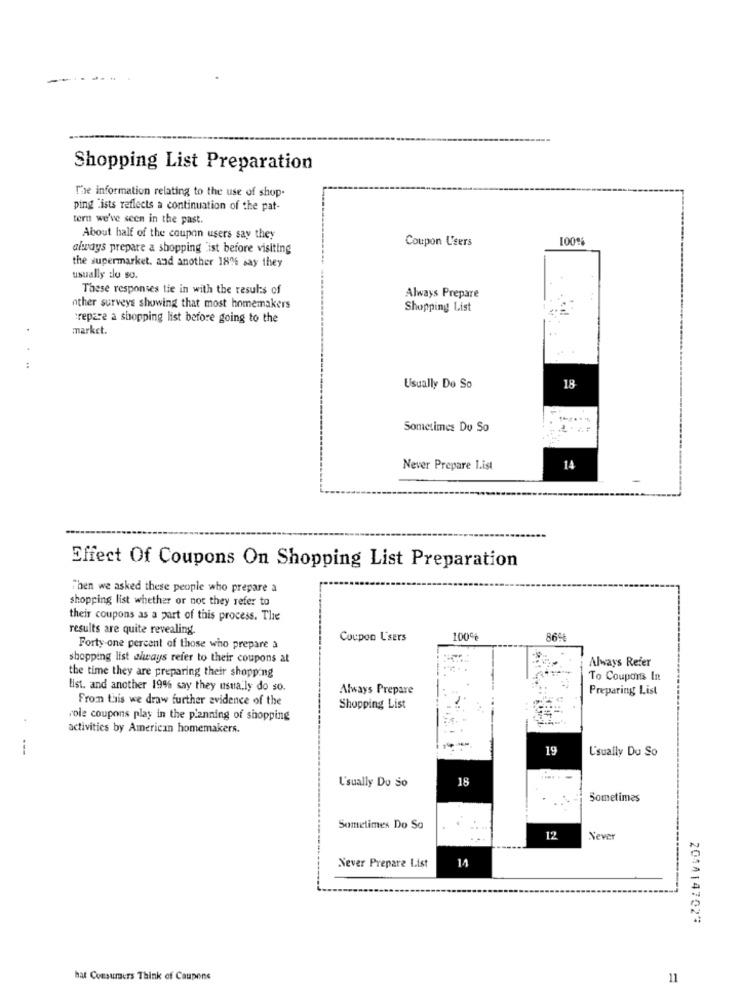
Shopping List Preparation
The information relating to the use of shop.
ping lists reflects a continuation of the pat-
tern we've seen in the past.
About half of the coupon users say they
Coupon Users
always prepare a shopping ist before visiting
the supermarket. and another 18% say they
usually do so.
These responses tie in with the results of
Always Prepare
other surveys showing that most homemakers
Shopping List
repare a shopping list before going to the
market.
18
Usually Do So
Sometimes Du So
Never Prepare List
14
Effect Of Coupons On Shopping List Preparation
Then we asked these people who prepare a
shopping list whether or not they refer to
their coupons as a part of this process. The
results are quite revealing.
Coupon Users
100%
869
Forty-one percent of those who prepare a
shopping list always refer to their coupons at
Always Refer
the time they are preparing their shopping
To Coupons In
list. and another 19% say they usually do so.
Always Prepare
Preparing List
From this we draw further evidence of the
Shopping List
cole coupons play in the planning of shopping
activities by American homemakers.
---
19
L'sually Du So
18
L'sually Do So
Sometimes
Sometimes Do So
...
12
Never
14
Never Prepare List
2014147023
hat Consumers Think of Caupens
11